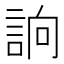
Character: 𧧦